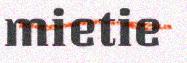
mietie